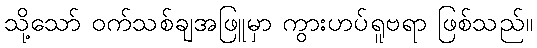
သို့သော် ဝက်သစ်ချအဖြူမှာ ကွားဟပ်ရူဗရာ ဖြစ်သည်။